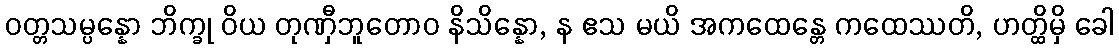
ဝတ္တသမ္ပန္နော ဘိက္ခု ဝိယ တုဏှီဘူတောဝ နိသိန္နော, န ဧသ မယိ အကထေန္တေ ကထေဿတိ, ဟတ္ထိမှိ ခေါ